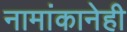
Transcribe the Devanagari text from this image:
नामांकानेही